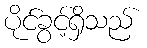
ပိုင်ခွင့်ရှိသည်